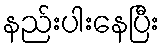
နည်းပါးနေပြီး